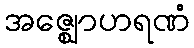
အဇ္ဈောဟရဏံ